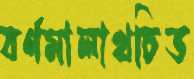
বর্ণমালাখচিত